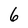
Character: 6